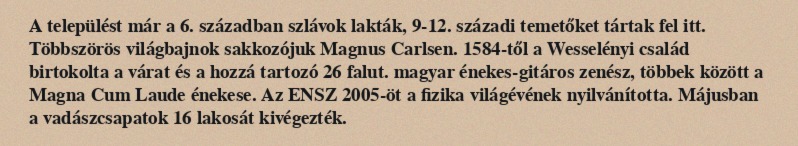
A települést már a 6. században szlávok lakták, 9-12. századi temetőket tártak fel itt. Többszörös világbajnok sakkozójuk Magnus Carlsen. 1584-től a Wesselényi család birtokolta a várat és a hozzá tartozó 26 falut. magyar énekes-gitáros zenész, többek között a Magna Cum Laude énekese. Az ENSZ 2005-öt a fizika világévének nyilvánította. Májusban a vadászcsapatok 16 lakosát kivégezték.